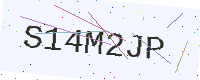
Text: S14M2JP